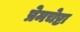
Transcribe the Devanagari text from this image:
प्रेमचेष्टा